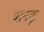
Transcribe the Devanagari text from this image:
बायक्कू